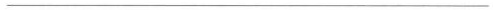
-